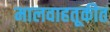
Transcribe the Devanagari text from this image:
मालवाहतूकीत